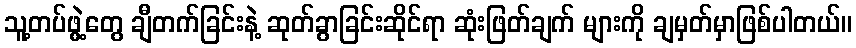
သူ့တပ်ဖွဲ့တွေ ချီတက်ခြင်းနဲ့ ဆုတ်ခွာခြင်းဆိုင်ရာ ဆုံးဖြတ်ချက် များကို ချမှတ်မှာဖြစ်ပါတယ်။